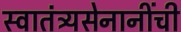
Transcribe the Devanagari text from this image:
स्वातंत्र्यसेनानींची